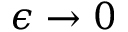
\epsilon \to 0